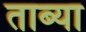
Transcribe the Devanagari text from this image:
ताब्या